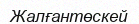
Жалғантөскей